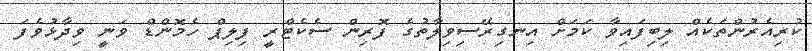
ކުރިއެރުންތަކެއް ލިބިފައިވާ ކަމަށް އިނގިރޭސިވިލާތުގެ ފޮރިން ސެކެޓްރީ ފިލިޕް ހެމޮންޑް ވަނީ ވިދާޅުވެފަ